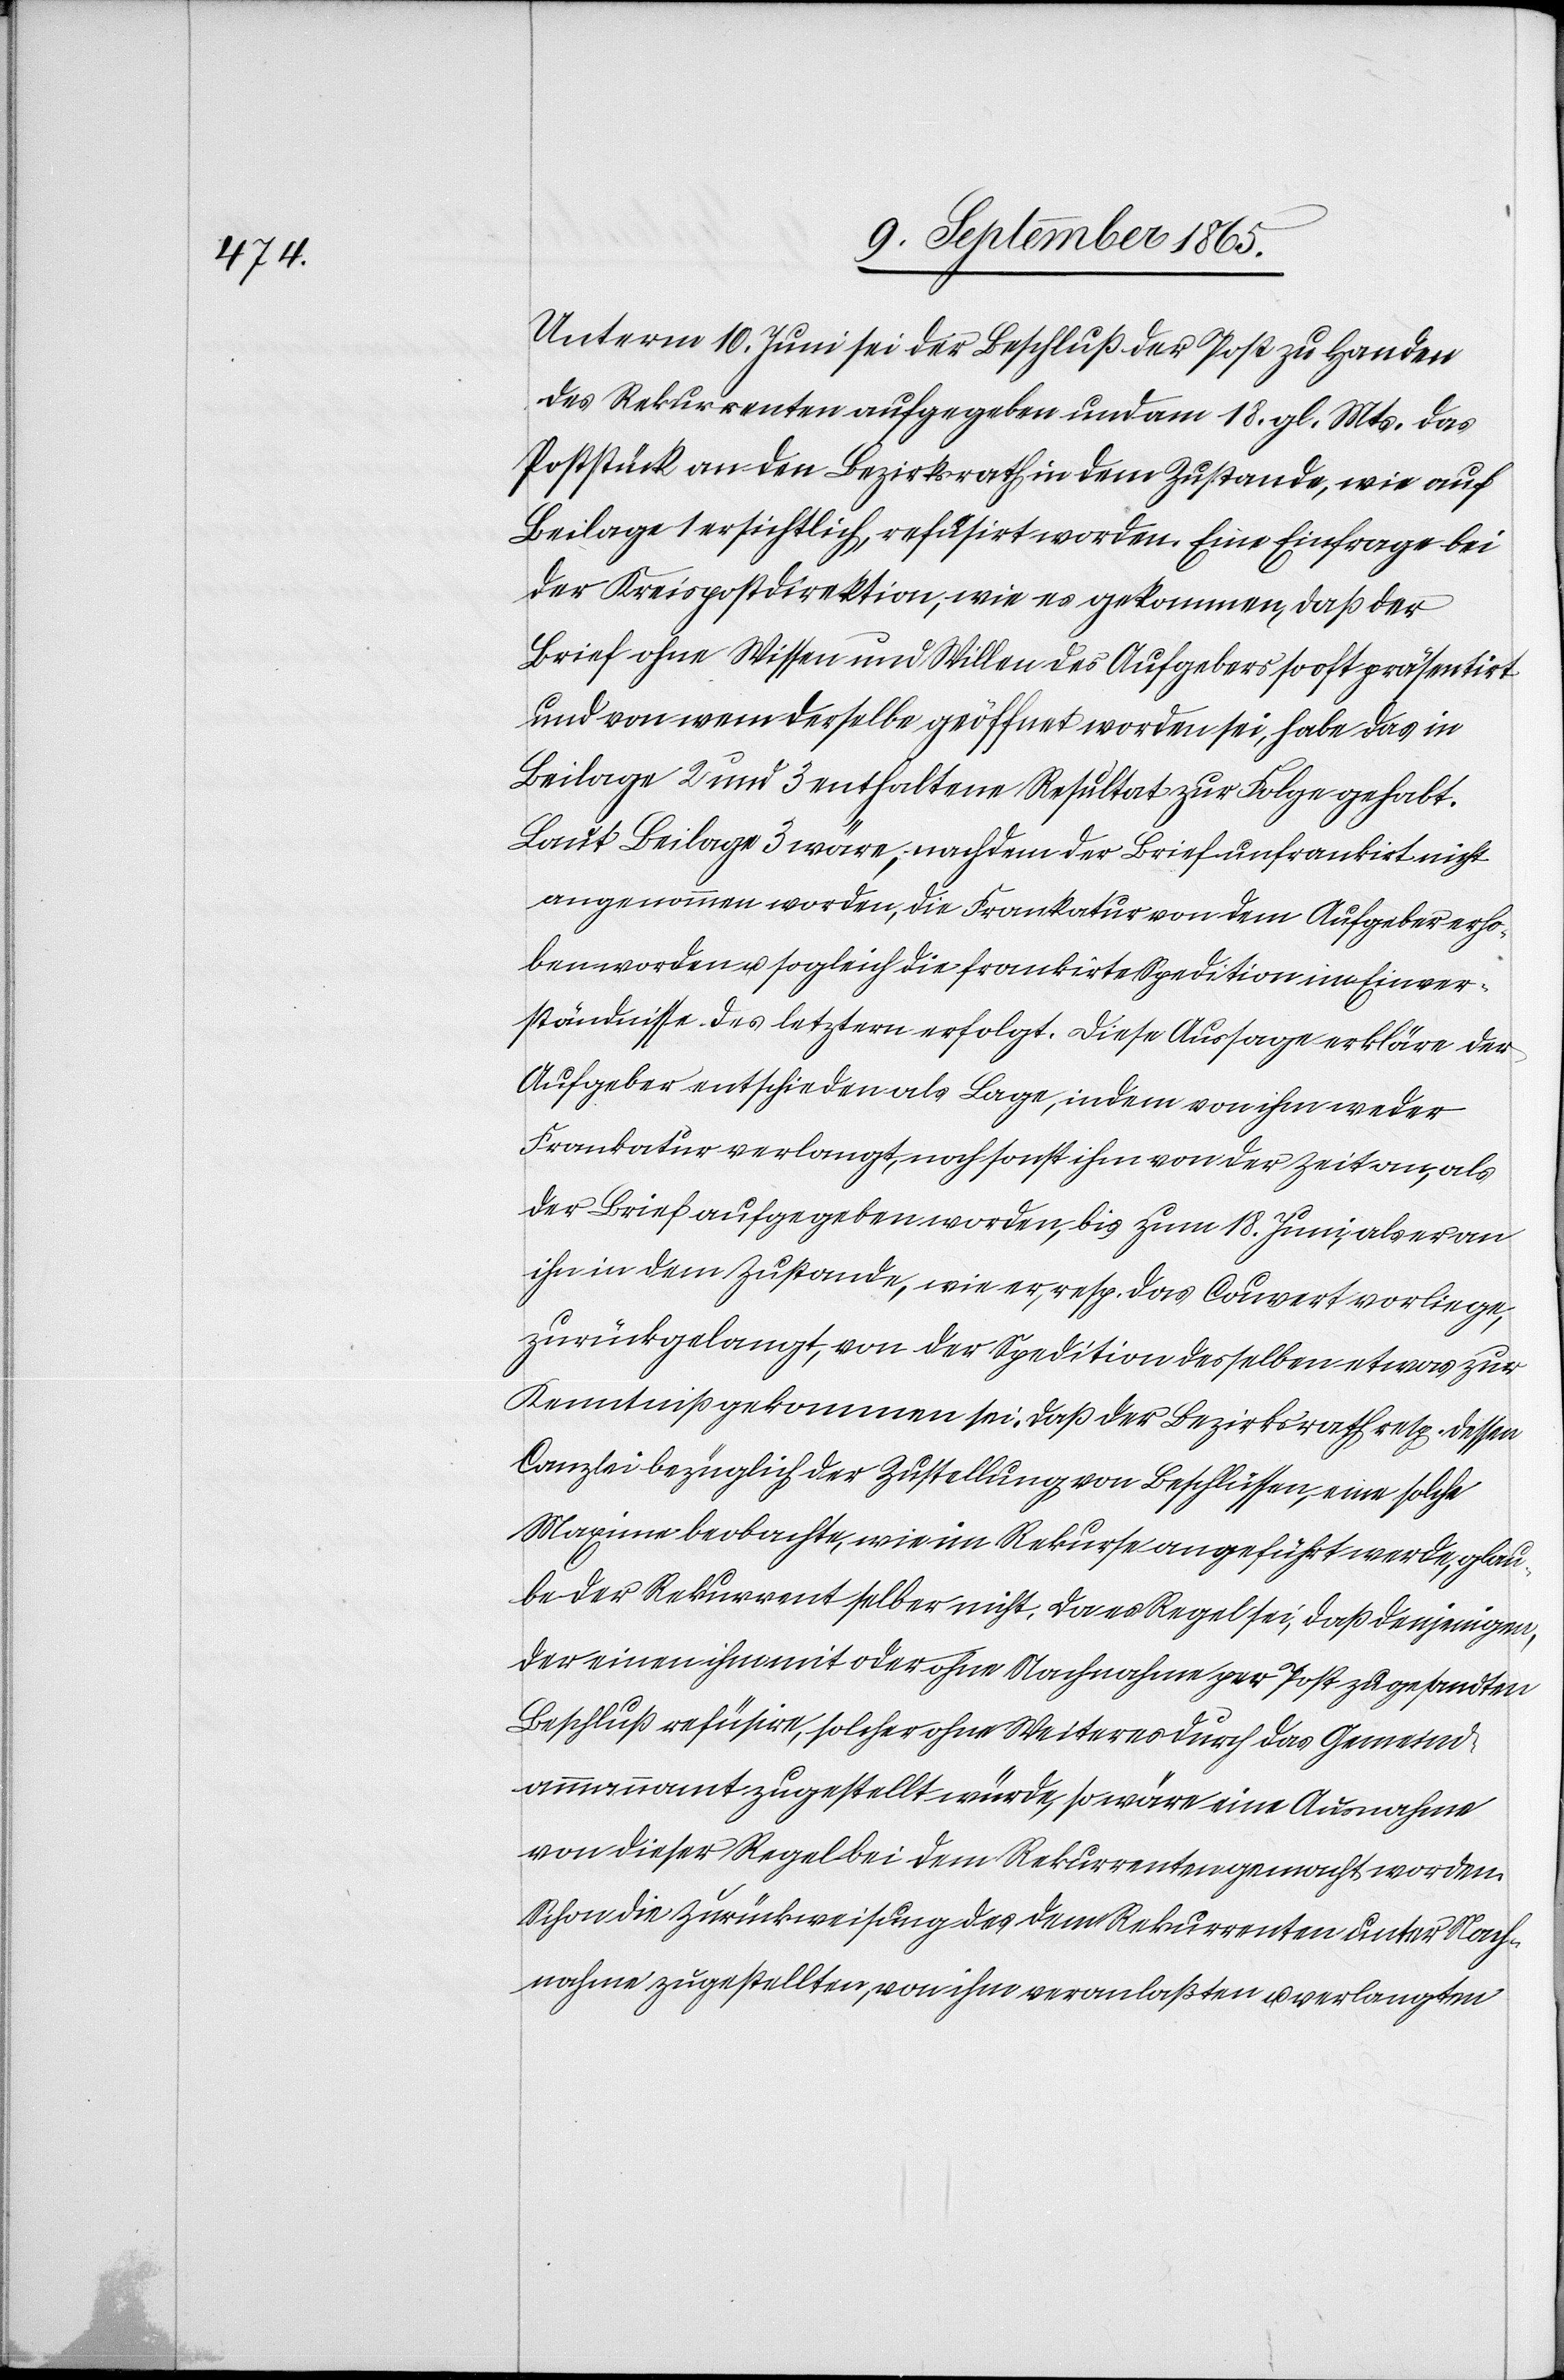
Unterm 10. Juni sei der Beschluß der Post zu Handen
des Rekurrenten aufgegeben und am 18. gl. Mts. das
Poststück an den Bezirksrath in dem Zustande, wie auf
Beilage 1 ersichtlich, refüsirt worden. Eine Einfrage bei
der Kreispostdirektion, wie es gekommen, daß der
Brief ohne Wissen und Willen des Aufgebers so oft präsentirt
und von wem derselbe geöffnet worden sei, habe das in
Beilage 2 und 3 enthaltene Resultat zur Folge gehabt.
Laut Beilage 3 wäre, nachdem der Brief unfrankirt nicht
angenommen worden, die Frankatur von dem Aufgeber erho¬
ben worden u. sogleich die frankirte Spedition im Einver¬
ständnisse des letztern erfolgt. Diese Aussage erkläre der
Aufgeber entschieden als Lage, indem von ihm weder
Frankatur verlangt, noch sonst ihm von der Zeit an, als
der Brief aufgegeben worden, bis zum 18. Juni, als er an
ihn in dem Zustande, wie er, resp. das Couvert vorliege,
zurückgelangt, von der Spedition desselben etwas zur
Kenntniß gekommen sei. Daß der Bezirksrath resp. dessen
Canzlei bezüglich der Zustellung von Beschlüssen, eine solche
Maxime beobachte, wie im Rekurse angeführt werde, glau¬
be der Rekurrent selber nicht. Da es Regel sei, daß denjenigen,
der einen ihm mit oder ohne Nachnahme per Post zugesandten
Beschluß refüsire, solcher ohne Weiteres durch das Gemeind¬
ammannamt zugestellt würde, so wäre eine Ausnahme
von dieser Regel bei dem Rekurrenten gemacht worden.
Schon die Zurückweisung des dem Rekurrenten unter Nach¬
nahme zugestellten, von ihm veranlaßten u. verlangten